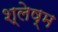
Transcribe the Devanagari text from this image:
श्‍लेष्म